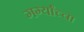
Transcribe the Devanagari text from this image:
गर्ग्यांच्चा